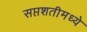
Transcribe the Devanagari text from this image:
सप्तशतीमध्ये